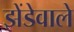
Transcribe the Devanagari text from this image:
झेंडेवाले